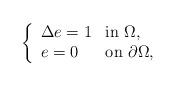
LaTeX: \begin{align*}\left \{ \begin{array}{ll}\Delta e=1 & \mbox{in $\Omega$,}\\e=0 & \mbox{on $\partial\Omega$,}\end{array}\right.\end{align*}